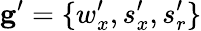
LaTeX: \mathbf{g}^{\prime}=\{ w_{x}^{\prime},s_{x}^{\prime},s_{r}^{\prime}\}